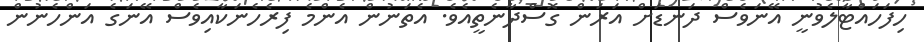
ހިފަހައްޓާލެވުނީ އޭނަވެސް ދަނޑަށް އަރަން ގޮސްދާނެތީއެވެ. އެތަނުން އެންމެ ފިރެހެނަކާއިވެސް އޭނަގެ އަންހެނުން